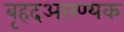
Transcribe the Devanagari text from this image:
बृहदआरण्यक